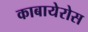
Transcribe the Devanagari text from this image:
काबायेरोस